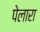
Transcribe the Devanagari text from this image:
पेलारा